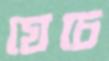
যেচে